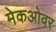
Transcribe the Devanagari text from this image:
मेकओवर